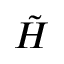
\tilde { H }